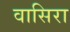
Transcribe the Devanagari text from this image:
वासिरा